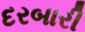
દરબારી